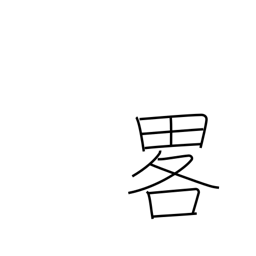
Meaning: omission